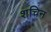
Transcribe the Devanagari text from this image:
शचिन